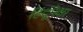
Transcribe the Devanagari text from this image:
हिंदूंपेक्षा